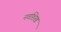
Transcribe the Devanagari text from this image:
नवशिख